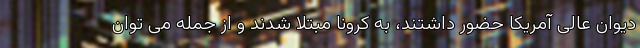
دیوان عالی آمریکا حضور داشتند، به کرونا مبتلا شدند و از جمله می توان